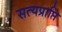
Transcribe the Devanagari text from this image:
सत्यप्राप्ति